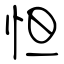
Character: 怛